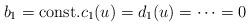
LaTeX: \begin{align*}b_1=\textup{const.} c_1(u)=d_1(u)=\cdots=0\end{align*}